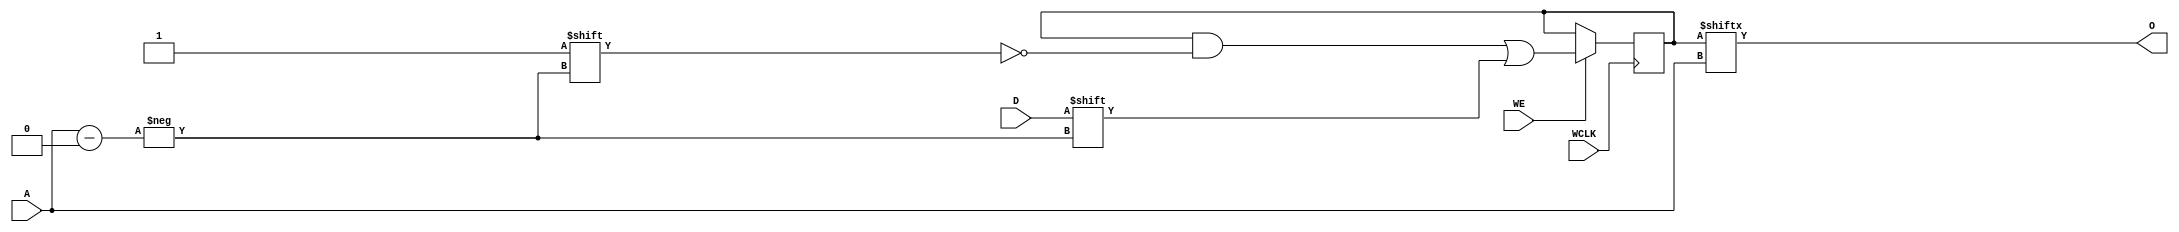
`ifdef verilator3
`else
`timescale 1 ps / 1 ps
`endif
//
// RAM256X1S primitive for Xilinx FPGAs
// Compatible with Verilator tool (www.veripool.org)
// Copyright (c) 2019-2022 Frdric REQUIN
// License : BSD
//

/* verilator coverage_off */
module RAM256X1S
#(
    parameter [255:0] INIT = 256'h0,
    parameter   [0:0] IS_WCLK_INVERTED = 1'b0
)
(
    // Write clock
    input  wire       WCLK,
    // Write enable
    input  wire       WE,
    // Read / Write address
    input  wire [7:0] A,
    // Data in
    input  wire       D,
    // Data out
    output wire       O
);
    // 256 x 1-bit Select RAM
    reg  [255:0] _r_mem;
    
    // Power-up value
    initial begin : INIT_STATE
        _r_mem = INIT;
    end
    
    // Synchronous memory write
    generate
        if (IS_WCLK_INVERTED) begin : GEN_WCLK_NEG
            always @(negedge WCLK) begin : MEM_WRITE
            
                if (WE) begin
                    _r_mem[A] <= D;
                end
            end
        end
        else begin : GEN_WCLK_POS
            always @(posedge WCLK) begin : MEM_WRITE
            
                if (WE) begin
                    _r_mem[A] <= D;
                end
            end
        end
    endgenerate
    
    // Asynchronous memory read
    assign O = _r_mem[A];

endmodule
/* verilator coverage_on */